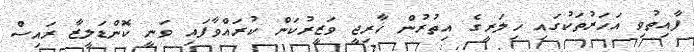
ފާއިތުވި އަހަރުތަކުގައި ހިލަރީގެ އިތުރުން ޚާރިޖީ ވަޒީރުކަން ކުރައްވާފައި ވަނީ ކޮންޑަލީޒާ ރައިސް